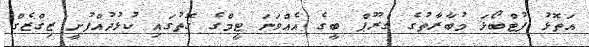
އަތޮޅު ފުޓްބޯޅަ މުބާރާތުގެ ގްރޫޕް ބީގެ އެއްވަނަ ޓީމްގެ ގޮތުގައި ކުޅުދުއްފުށީ ޒިގްޒެގް